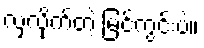
လှလိုက်တဲ့ မြင်ကွင်းပဲ။